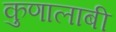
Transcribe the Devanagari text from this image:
कुणालाबी